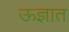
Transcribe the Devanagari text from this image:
ऊज्ञात